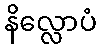
နိလ္လောပံ